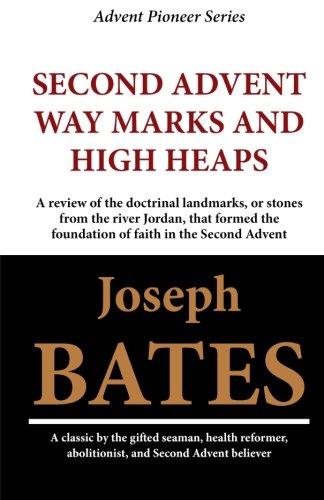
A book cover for Second Advent Way Marks and High Heaps; Joseph Bates; Christian Books & Bibles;